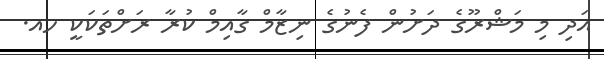
އަދި މި މަޝްރޫގެ ދަށުން ފެނުގެ ނިޒާމް ގާއިމް ކުރާ ރަށްތަކަކީ ހއ.